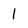
Character: I